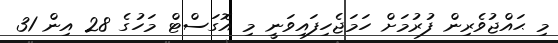
މި ޙައްޖުވެރިން ފުރުމަށް ހަމަޖެހިފައިވަނީ މި އޮގަސްޓް މަހުގެ 28 އިން 31